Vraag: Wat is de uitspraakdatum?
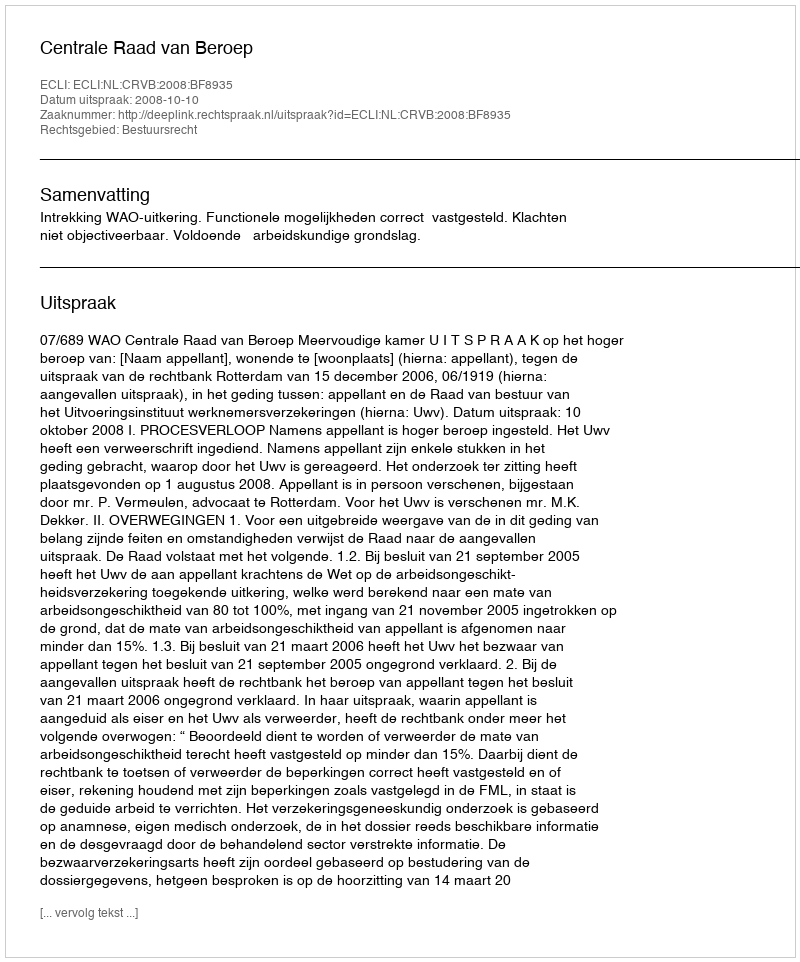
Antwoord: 2008-10-10